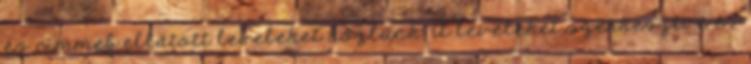
és címmel ellátott leveleket közlünk. A leveleket szerkesztve és